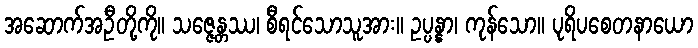
အဆောက်အဦတို့ကို။ သဇ္ဇေန္တဿ၊ စီရင်သောသူအား။ ဥပ္ပန္နာ၊ ကုန်သော။ ပုရိပစေတနာယော